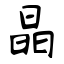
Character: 晶